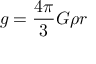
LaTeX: g = { \frac { 4 \pi } { 3 } } G \rho r